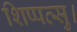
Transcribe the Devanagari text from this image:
शिप्पत्सु।